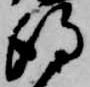
得